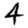
Digit: 4